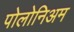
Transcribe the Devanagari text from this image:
पोलोनिअम